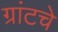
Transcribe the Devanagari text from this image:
ग्रांटचे